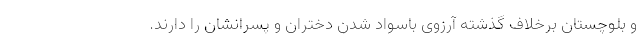
و بلوچستان برخلاف گذشته آرزوی باسواد شدن دختران و پسرانشان را دارند.